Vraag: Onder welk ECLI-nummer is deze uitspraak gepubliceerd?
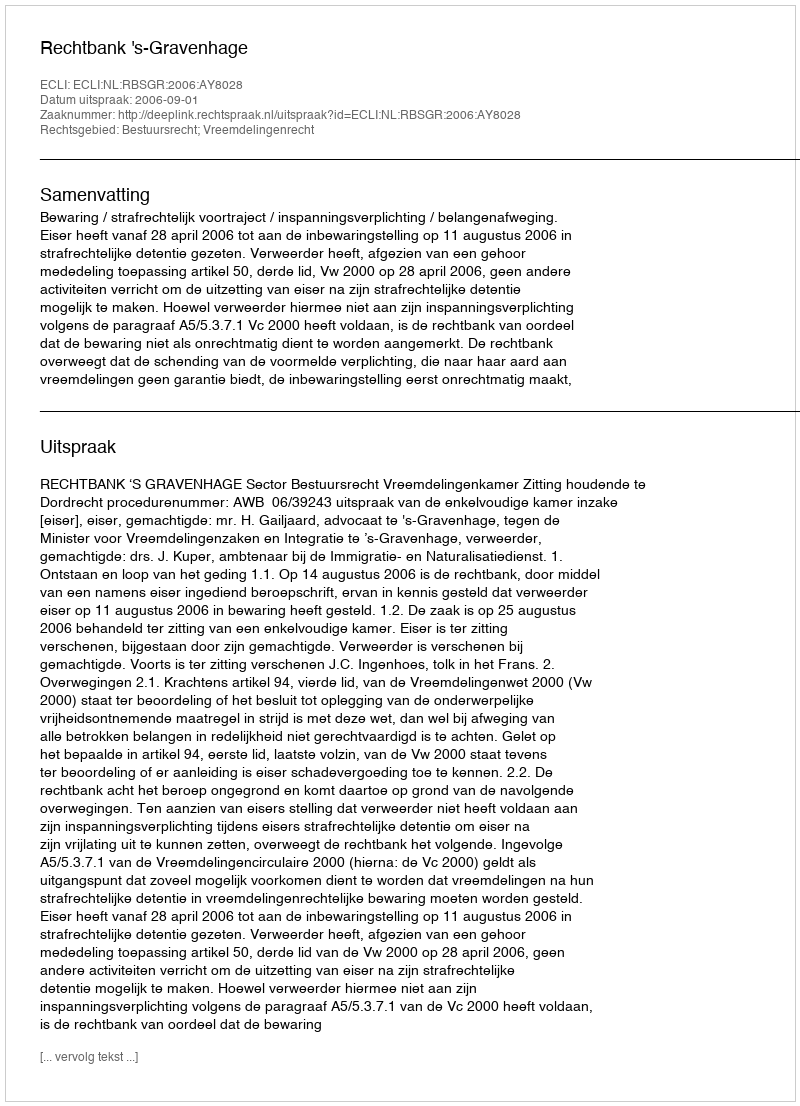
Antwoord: ECLI:NL:RBSGR:2006:AY8028